Physiological action of certain drugs in tablet form - Number 52A
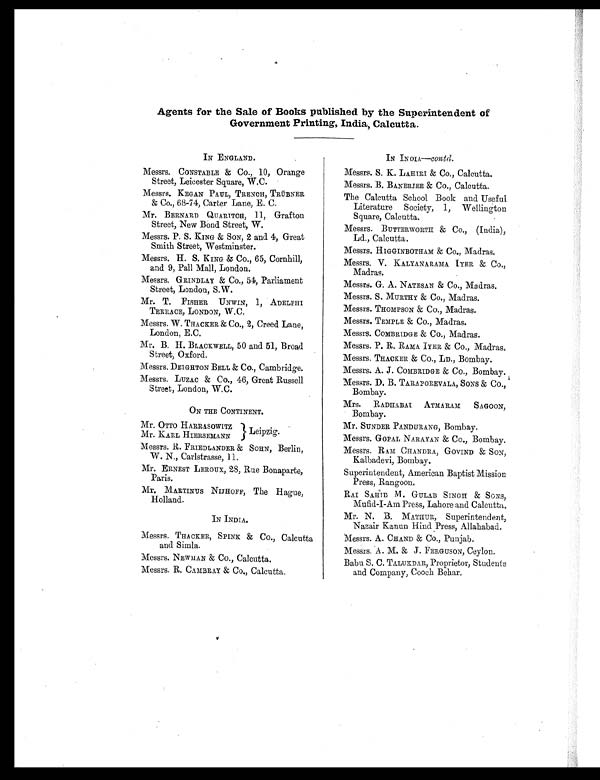
Agents for the Sale of Books published by the Superintendent of
Government Printing, India, Calcutta.
IN ENGLAND.
Messrs. CONSTABLE & Co., 10, Orange
Street, Leicester Square, W.C.
Messrs. KEGAN PAUL, TRENCH, TRÜBNER
& Co., 68-74, Carter Lane, E. C.
Mr. BERNARD QUARITCH, 11, Grafton
Street, New Bond Street, W.
Messrs. P. S. KING & SON, 2 and 4, Great
Smith Street, Westminster.
Messrs. H. S. KING & Co., 65, Cornhill,
and 9, Pall Mall, London.
Messrs. GRINDLAY & Co., 54, Parliament
Street, London, S.W.
Mr. T. FISHER UNWIN, 1, ADELPHI
TERRACE, LONDON, W.C.
Messrs. W. THACKER & Co., 2, Creed Lane,
London, E.C.
Mr. B. H. BLACKWELL, 50 and 51, Broad
Street, Oxford.
Messrs. DEIGHTON BELL & Co., Cambridge.
Messrs. LUZAC & Co., 46, Great Russell
Street, London, W.C.
ON THE CONTINENT.
Mr. OTTO HARRASOWITZ
Mr. KARL HIERSEMANN
Leipzig.
Messrs. R. FRIEDLANDER & SOHN, Berlin,
W. N., Carlstrasse, 11.
Mr. ERNEST LEROUX, 28, Rue Bonaparte,
Paris.
Mr. MARTINUS NIJHOFF, The Hague,
Holland.
IN INDIA.
Messrs. THACKER, SPINK & Co., Calcutta
and Simla.
Messrs. NEWMAN & Co., Calcutta.
Messrs. R. CAMBRAY & Co., Calcutta.
IN INDIA— contd.
Messrs. S. K. LAHIRI & Co., Calcutta.
Messrs. B. BANERJEE & Co., Calcutta.
The Calcutta School Book and Useful
Literature Society, 1, Wellington
Square, Calcutta.
Messrs. BUTTERWORTH & Co., (India),
Ld., Calcutta.
Messrs. HIGGINBOTHAM & Co., Madras.
Messrs. V. KALYANARAMA IYER & Co.,
Madras.
Messrs. G. A. NATESAN & Co., Madras.
Messrs. S. MURTHY & Co., Madras.
Messrs. THOMPSON & Co., Madras.
Messrs. TEMPLE & Co., Madras.
Messrs. COMBRIDGE & Co., Madras.
Messrs. P. R. RAMA IYER & Co., Madras
.
Messrs. THACKER & Co., LD., Bombay.
Messrs. A. J. COMBRIDGE & Co., Bombay.
Messrs. D. B. TARAPOREVALA, SONS & Co.,
Bombay.
Mrs. RADHABAI ATMARAM SAGOON,
Bombay.
Mr. SUNDER PANDURANG, Bombay.
Messrs. GOPAL NARAYAN & Co., Bombay.
Messrs. RAM CHANDRA, GOVIND & SON,
Kalbadevi, Bombay.
Superintendent, American Baptist Mission
Press, Rangoon.
RAI SAHIB M. GULAB SINGH & SONS,
Mufid-I-Am Press, Lahore and Calcutta.
Mr. N. B. MATHUR, Superintendent,
Nazair Kanun Hind Press, Allahabad.
Messrs. A. CHAND & Co., Punjab.
Messrs. A. M. & J. FERGUSON, Ceylon.
Babu S. C. TALUKDAR, Proprietor, Students
and Company, Cooch Behar.